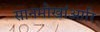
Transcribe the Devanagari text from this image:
सानमोखांआरि